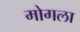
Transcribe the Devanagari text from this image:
मोगला